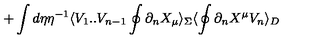
+ \int d \eta \eta ^ { - 1 } \langle V _ { 1 } . . V _ { n - 1 } \oint \partial _ { n } X _ { \mu } \rangle _ { \Sigma } \langle \oint \partial _ { n } X ^ { \mu } V _ { n } \rangle _ { D }